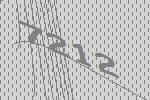
7212